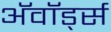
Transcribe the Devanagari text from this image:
अॅवॉर्ड्स